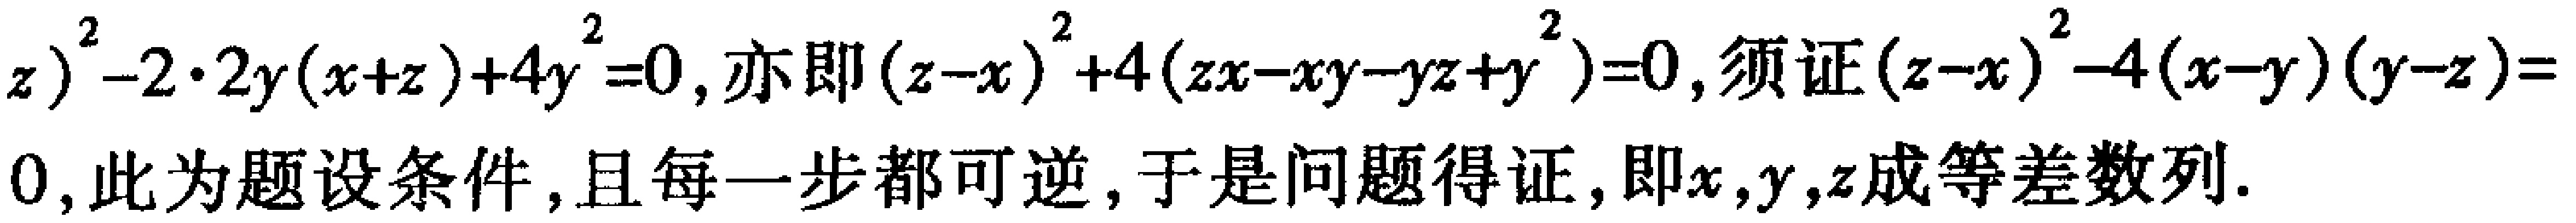
\(z)^{2}-2\cdot 2y(x + z)+4y^{2}=0\), 亦即\((z - x)^{2}+4(zx-xy - yz + y^{2})=0\), 须证\((z - x)^{2}-4(x - y)(y - z)=0\), 此为题设条件, 且每一步都可逆, 于是问题得证, 即\(x,y,z\)成等差数列.